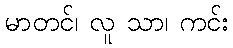
မာတင်၊ လူ သာ၊ ကင်း